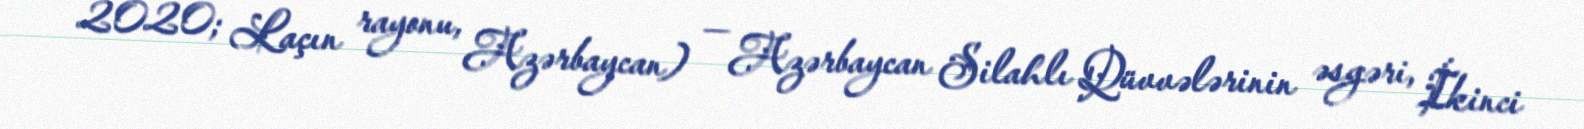
2020; Laçın rayonu, Azərbaycan) — Azərbaycan Silahlı Qüvvələrinin əsgəri, İkinci